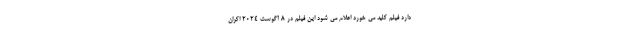
دارد فیلم کلید می خورد اعلام می شود این فیلم در 8 آگوست 2024 اکران